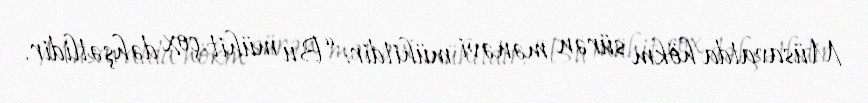
Müsavatda hökm sürən mənəvi mühitdir: “Bu mühit çox dəhşətlidir.